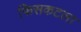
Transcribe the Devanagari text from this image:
फिसकटला